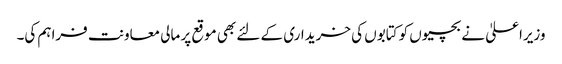
وزیراعلیٰ نے بچیوں کو کتابوں کی خریداری کے لئے بھی موقع پر مالی معاونت فراہم کی۔